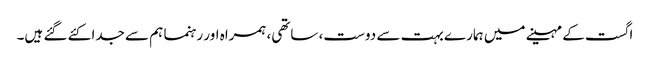
اگست کے مہینے میں ہمارے بہت سے دوست، ساتھی، ہمراہ اور رہنما ہم سے جدا کئے گئے ہیں۔